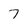
Character: 7